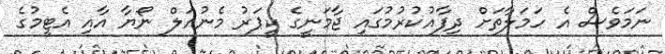
ނަމަވެސް އެ ހަމަލާތަށް ދިފާއުކުރުމުގައި ޖާމަނީގެ ކީޕަރު މެނުއަލް ނޯޔާ އާއި އެޓީމުގެ